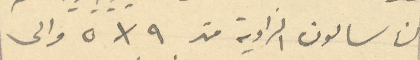
ان سالون الزاوية متر ۹ x  ٥ والى